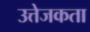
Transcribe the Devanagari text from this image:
उत्तेजकता